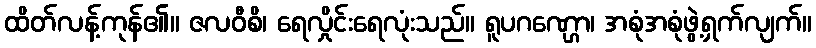
ထိတ်လန့်ကုန်၏။ ဇလဝီစိ၊ ရေလှိုင်းရေလုံးသည်။ ရူပဂဏ္ဌော၊ အစုံအစုံဖွဲ့ရှက်လျက်။